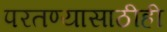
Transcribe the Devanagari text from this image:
परतण्यासाठीही